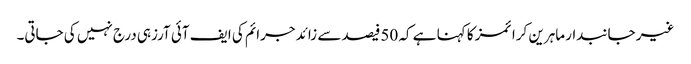
غیر جانبدار ماہرین کرا ئمز کا کہنا ہے کہ 50فیصد سے زائد جرائم کی ایف آئی آرزہی درج نہیں کی جاتی۔